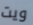
ويت